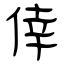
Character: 倖